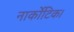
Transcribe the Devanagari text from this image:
नार्कोटिक।